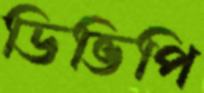
ডিভিপি